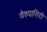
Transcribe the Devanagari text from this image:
वैश्यागिरी